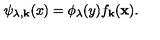
\psi _ { \lambda , { \bf k } } ( x ) = \phi _ { \lambda } ( y ) f _ { \bf k } ( { \bf x } ) .